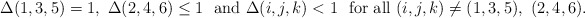
\begin{align*}\Delta(1,3,5)=1 ,\ \Delta(2,4,6)\le 1\ \mbox{ and }\Delta(i,j,k)<1\ \mbox{ for all }(i,j,k)\neq (1,3,5),\ (2,4,6).\end{align*}